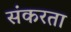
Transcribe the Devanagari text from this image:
संकरता